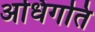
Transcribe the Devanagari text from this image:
अधिगति